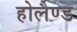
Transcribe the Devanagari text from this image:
होलैण्ड